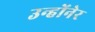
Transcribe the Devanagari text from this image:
उन्होंनेर